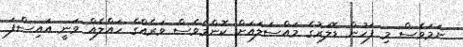
ނަމަވެސް މި ފަހުން ޑޮލަރުގެ މައްސަލައަށް ކޮންމެވެސް ވަރެއްގެ ހައްލެއް ވަނީ އައިސްފަ